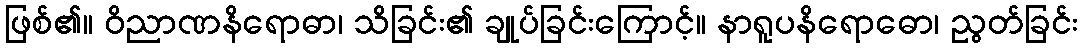
ဖြစ်၏။ ဝိညာဏနိရောဓာ၊ သိခြင်း၏ ချုပ်ခြင်းကြောင့်။ နာရူပနိရောဓော၊ ညွတ်ခြင်း